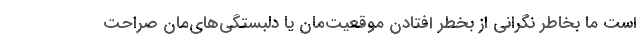
است ما بخاطر نگرانی از بخطر افتادن موقعیت‌مان یا دلبستگی‌های‌مان صراحت